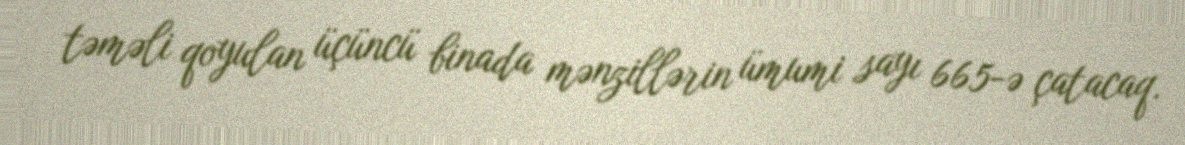
təməli qoyulan üçüncü binada mənzillərin ümumi sayı 665-ə çatacaq.